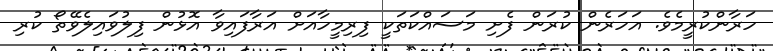
ހަރާންކުރީމެވެ. އަހަރެން ކުރަން ފެށި މަސައްކަތަކީ ފިރިމީހާއަށް އަރާފައިވާ އޮޅުން ފިލުވައިލެވޭތޯ ކުރި